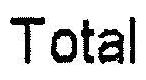
TOTAL